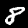
Digit: 8